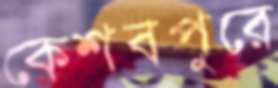
কেশবপুরে